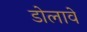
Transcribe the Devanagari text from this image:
डोलावें